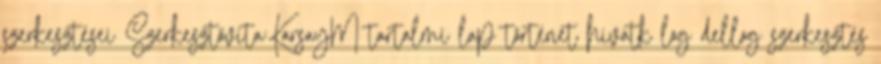
szerkesztései Szerkesztővita:KarsayM tartalmi lap történet hivatk log dellog szerkesztés